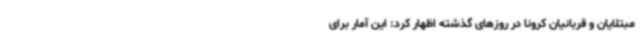
مبتلایان و قربانیان کرونا در روزهای گذشته اظهار کرد: این آمار برای